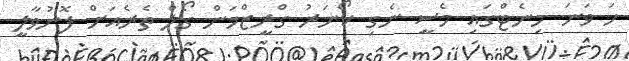
ހަ ވަނަ މިނެޓްގައި މެސީ ނެގި ކޯނަރު ގްރީޒްމަން ގޯލް ތެރެއަށް ފޮނުވާލީ